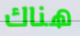
هناك